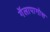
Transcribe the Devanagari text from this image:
गॅलापागोस